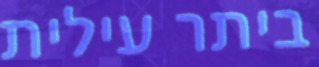
ביתר עילית